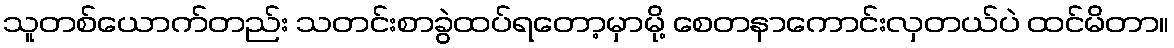
သူတစ်ယောက်တည်း သတင်းစာခွဲထပ်ရတော့မှာမို့ စေတနာကောင်းလှတယ်ပဲ ထင်မိတာ။